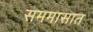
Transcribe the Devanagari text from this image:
सममासात